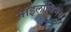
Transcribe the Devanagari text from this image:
माइलोजिनस